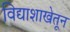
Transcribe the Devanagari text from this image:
विद्याशाखेतून